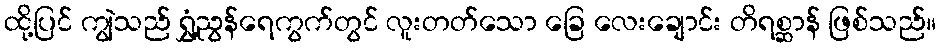
ထို့ပြင် ကျွဲသည် ရွှံ့ညွန်ရေကွက်တွင် လူးတတ်သော ခြေ လေးချောင်း တိရစ္ဆာန် ဖြစ်သည်။